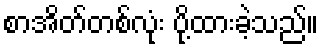
စာအိတ်တစ်လုံး ပို့ထားခဲ့သည်။